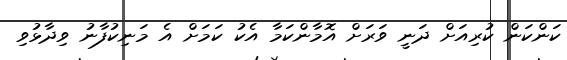
ކަންކަން ކުރިއަށް ދަނީ ވަރަށް އޮމާންކަމާ އެކު ކަމަށް އެ މަނިކުފާނު ވިދާޅުވި